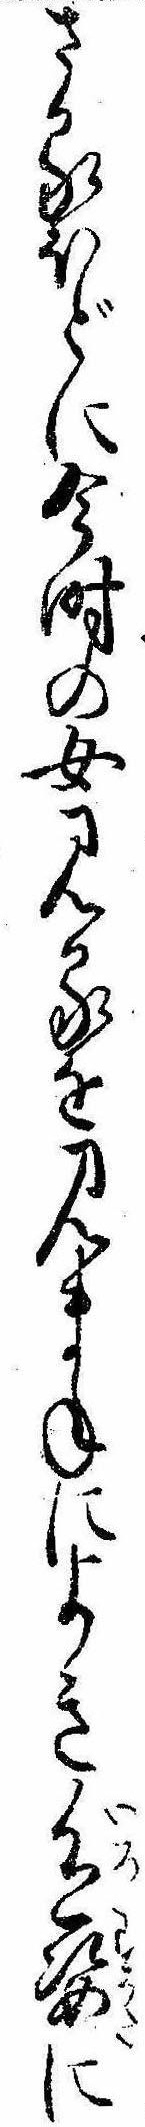
さるほどに今時の女見るを見まねによき色姿に